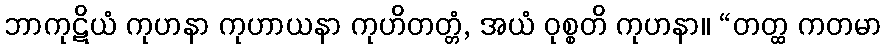
ဘာကုဋိယံ ကုဟနာ ကုဟာယနာ ကုဟိတတ္တံ, အယံ ဝုစ္စတိ ကုဟနာ။ “တတ္ထ ကတမာ